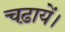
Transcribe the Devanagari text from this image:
चढ़ायें।